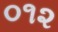
૦૧૨